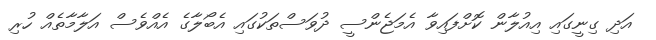
އަދި ގިނީގައި އިއުލާން ކޮށްފައިވާ އެމަޖެންސީ ދުވަސްތަކުގައި އެބޯލާގެ އެއްވެސް އަލާމާތެއް ހުރި